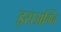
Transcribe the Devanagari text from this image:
इसअग्नि